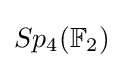
Sp_{4}(\mathbb {F} _{2})